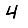
Digit: 4